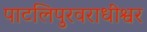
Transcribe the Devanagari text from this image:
पाटलिपुरवराधीश्वर